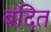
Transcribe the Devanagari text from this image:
बंदित